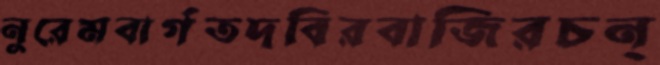
নুরেমবার্গতদবিরবাজিরচন্